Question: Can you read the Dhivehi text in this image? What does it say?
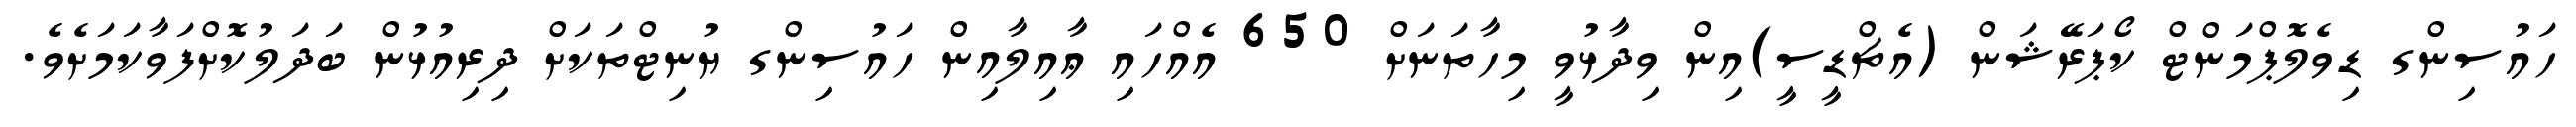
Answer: ހައުސިންގ ޑިވެލޮޕްމަންޓް ކޯޕަރޭޝަން (އެޗްޑީސީ)އިން ވިދާޅުވީ މިހާތަނަށް 650 އެއްހައި ޢާއިލާއިން ހައުސިންގ ޔުނިޓްތަކަށް ދިރިއުޅުން ބަދަލުކޮށްފަވާކަމަށެވެ.